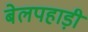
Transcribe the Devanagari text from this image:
बेलपहाड़ी